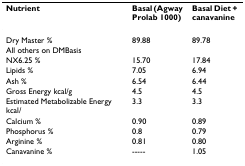
<table><thead><tr><td><b>Nutrient</b></td><td><b>Basal (Agway Prolab 1000)</b></td><td><b>Basal Diet + canavanine</b></td></tr></thead><tbody><tr><td>Dry Master %</td><td>89.88</td><td>89.78</td></tr><tr><td>All others on DMBasis</td><td></td><td></td></tr><tr><td>NX6.25 %</td><td>15.70</td><td>17.84</td></tr><tr><td>Lipids %</td><td>7.05</td><td>6.94</td></tr><tr><td>Ash %</td><td>6.54</td><td>6.44</td></tr><tr><td>Gross Energy kcal/g</td><td>4.5</td><td>4.5</td></tr><tr><td>Estimated Metabolizable Energy kcal/</td><td>3.3</td><td>3.3</td></tr><tr><td>Calcium %</td><td>0.90</td><td>0.89</td></tr><tr><td>Phosphorus %</td><td>0.8</td><td>0.79</td></tr><tr><td>Arginine %</td><td>0.81</td><td>0.80</td></tr><tr><td>Canavanine %</td><td>-----</td><td>1.05</td></tr></tbody></table>